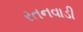
રતનવાડી